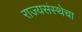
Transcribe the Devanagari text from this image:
राज्यसंस्थेचा